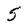
Character: 5